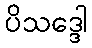
ပိသဒ္ဒေါ